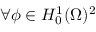
\forall \boldsymbol { \phi } \in H _ { 0 } ^ { 1 } ( \Omega ) ^ { 2 } \,